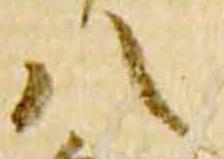
八